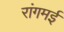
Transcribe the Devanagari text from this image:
रांगमई